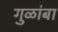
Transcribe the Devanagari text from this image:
गुळांबा